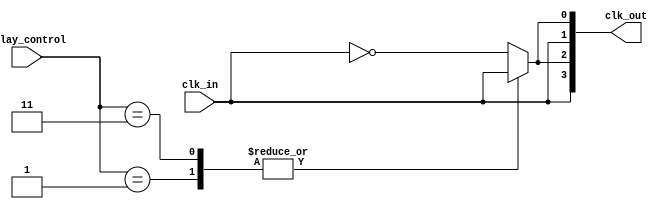
module ClockTreeBuffer #(parameter NUM_OUTPUTS = 4, 
                          parameter DELAY_WIDTH = 4) (
    input wire clk_in,                          // Main clock input
    input wire [DELAY_WIDTH-1:0] delay_control, // Programmable delay control
    output wire [NUM_OUTPUTS-1:0] clk_out      // Distributed clock outputs
);

    // Internal signals
    wire clk_buf [0:NUM_OUTPUTS-1];             // Buffered clock signals
    wire clk_delayed;                            // Delayed clock signal
    wire [NUM_OUTPUTS-1:0] clk_tree [0:2];      // Intermediate clock signals

    // Buffering stages (Hierarchical Buffering)
    genvar i;
    generate
        for (i = 0; i < NUM_OUTPUTS; i = i + 1) begin : buffer_chain
            if (i == 0) begin
                // First stage buffer
                assign clk_buf[i] = ~clk_in;  // Inverter
            end else begin
                // Subsequent stage buffers
                assign clk_buf[i] = ~clk_buf[i-1]; // Inverter chain
            end
        end
    endgenerate

    // Programmable Delay Element
    always @(*) begin
        case (delay_control)
            4'b0000: clk_delayed = clk_buf[0]; // No delay
            4'b0001: clk_delayed = clk_buf[1]; // Delay by one stage
            4'b0010: clk_delayed = clk_buf[2]; // Delay by two stages
            4'b0011: clk_delayed = clk_buf[3]; // Delay by three stages
            // Additional cases for more delays can be added
            default: clk_delayed = clk_buf[0]; // Default to no delay
        endcase
    end

    // Output buffer generation
    generate
        for (i = 0; i < NUM_OUTPUTS; i = i + 1) begin : output_buffer
            // Driver strength control for different outputs
            if (i % 2 == 0) begin
                assign clk_out[i] = clk_delayed;  // Strong buffer for even outputs
            end else begin
                assign clk_out[i] = clk_buf[i];    // Weak buffer for odd outputs
            end
        end
    endgenerate

endmodule